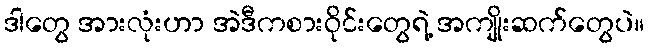
ဒါတွေ အားလုံးဟာ အဲဒီကစားဝိုင်းတွေရဲ့ အကျိုးဆက်တွေပဲ။